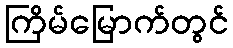
ကြိမ်မြောက်တွင်